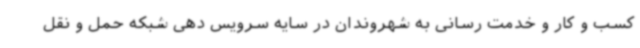
کسب و کار و خدمت رسانی به شهروندان در سایه سرویس دهی شبکه حمل و نقل